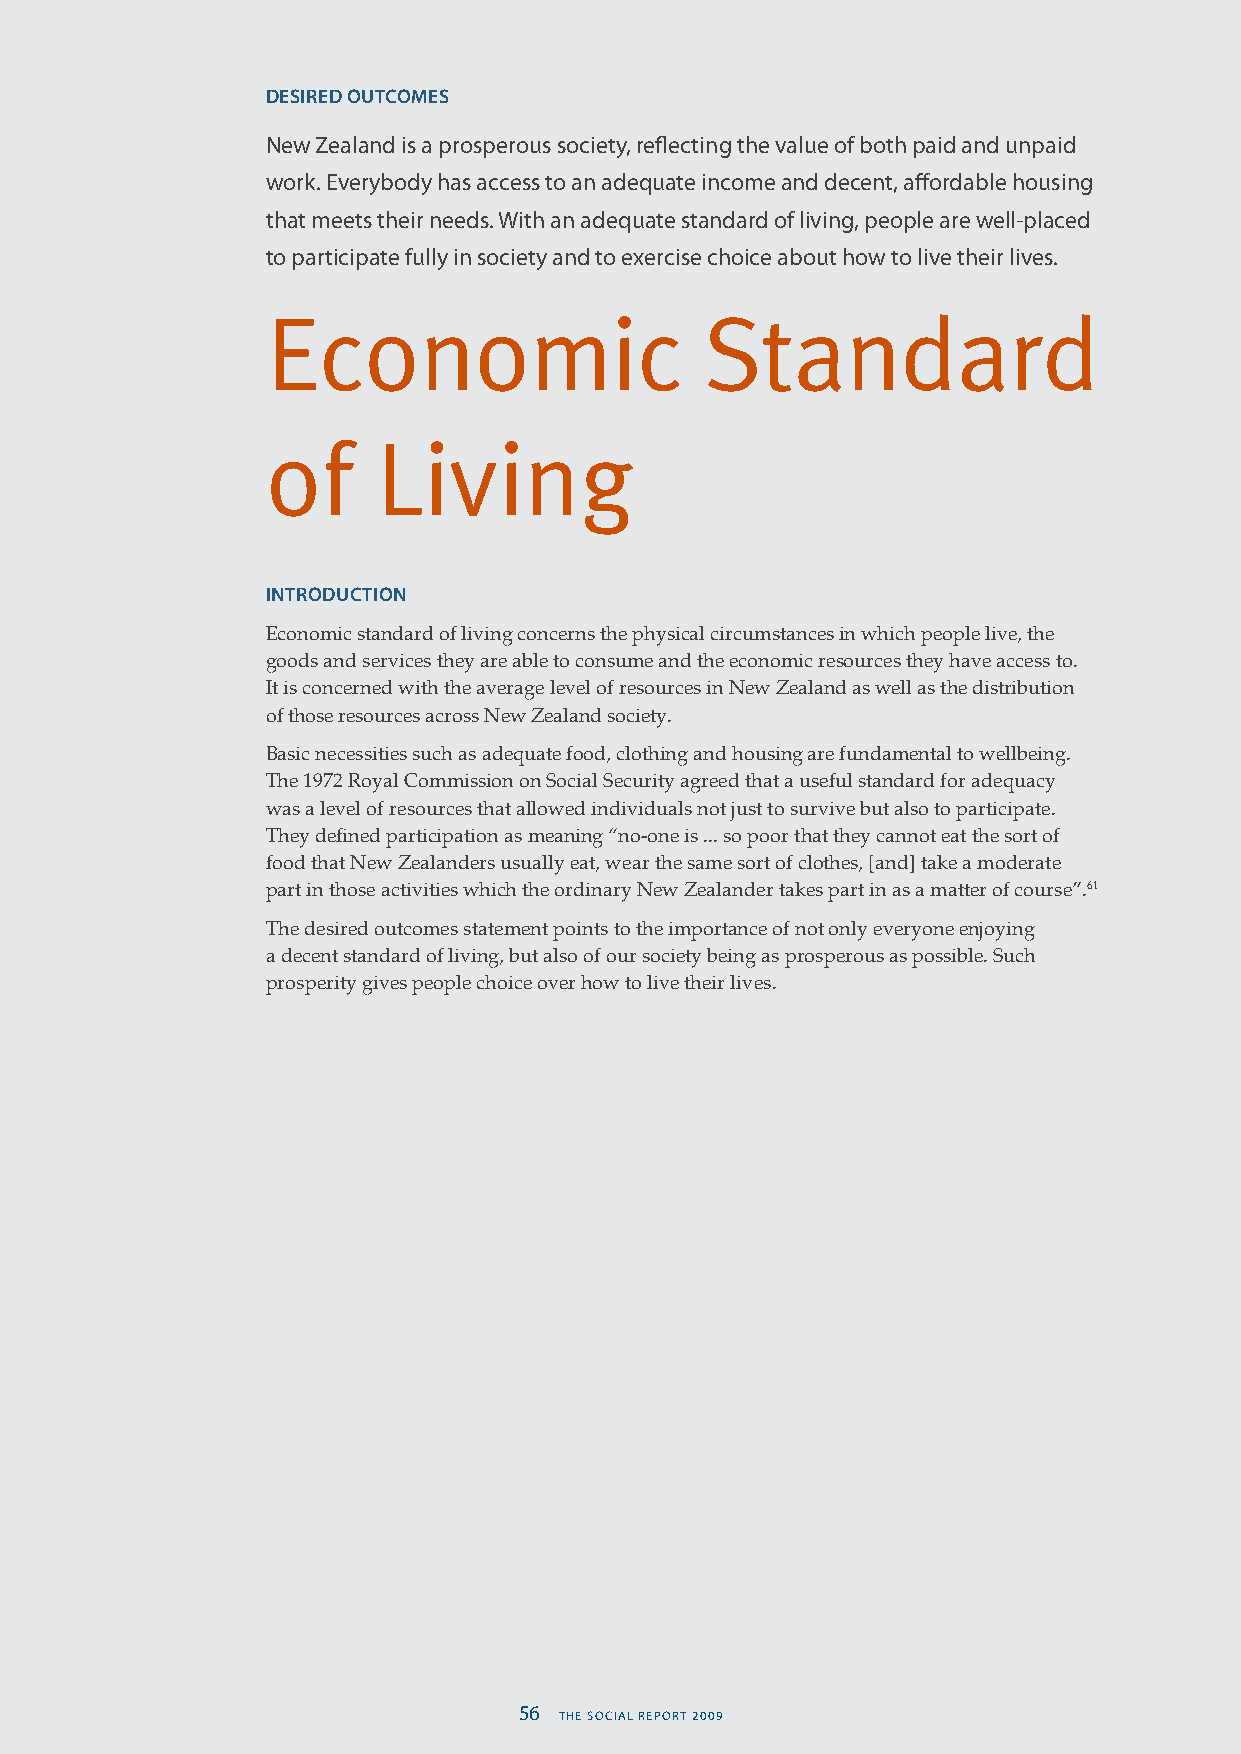
DESIRED OUTCOMES
 New Zealand is a prosperous society, reflecting the value of both paid and unpaid
 work. Everybody has access to an adequate income and decent, affordable housing
 that meets their needs. With an adequate standard of living, people are well-placed
 to participate fully in society and to exercise choice about how to live their lives.
 Economic                     Standard
 of     Living
 INTRODUCTION
 Economic standard of living concerns the physical circumstances in which people live, the
 goods and services they are able to consume and the economic resources they have access to.
 It is concerned with the average level of resources in New Zealand as well as the distribution
 of those resources across New Zealand society.
 Basic necessities such as adequate food, clothing and housing are fundamental to wellbeing.
 The 1972 Royal Commission on Social Security agreed that a useful standard for adequacy
 was a level of resources that allowed individuals not just to survive but also to participate.
 They defined participation as meaning “no-one is ... so poor that they cannot eat the sort of
 food that New Zealanders usually eat, wear the same sort of clothes, [and] take a moderate
 part in those activities which the ordinary New Zealander takes part in as a matter of course”.61
 The desired outcomes statement points to the importance of not only everyone enjoying
 a decent standard of living, but also of our society being as prosperous as possible. Such
 prosperity gives people choice over how to live their lives.
 56 THE SOCIAL REPORT 2009                                                         THE SOCIAL REPORT 2009 57